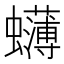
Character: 𮕓